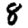
Digit: 8